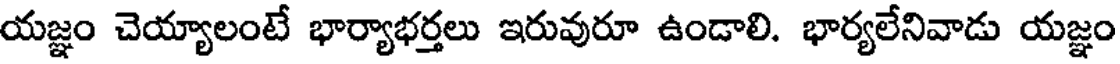
యజ్ఞం చెయ్యాలంటే భార్యాభర్తలు ఇరువురూ ఉండాలి. భార్యలేనివాడు యజ్ఞం